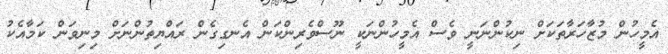
އެމީހުން މުޒާހަރާތަކަށް ނިކުންނަނީ ވެސް އެމީހުންނަކީ ނޫސްވެރިންކަން އެނގިގެން ރައްޔިތުންނަށް މިނިވަން ކަމާއެކު